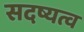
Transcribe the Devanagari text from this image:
सदष्यत्व